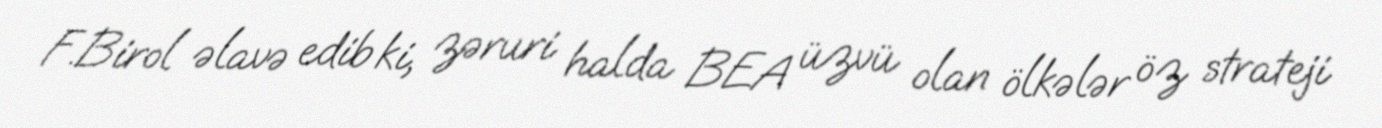
F.Birol əlavə edib ki, zəruri halda BEA üzvü olan ölkələr öz strateji